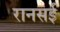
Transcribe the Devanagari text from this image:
रानसई